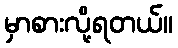
မှာစားလို့ရတယ်။